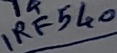
Text: IRF540